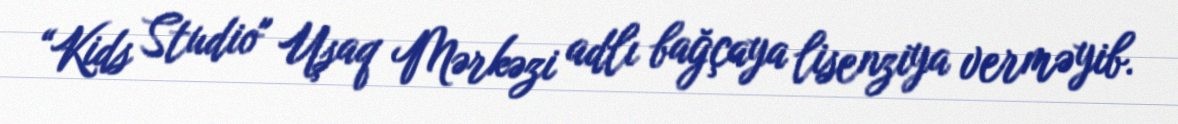
“Kids Studio" Uşaq Mərkəzi adlı bağçaya lisenziya verməyib.